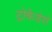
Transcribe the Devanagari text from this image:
ट्रोकैडेरो